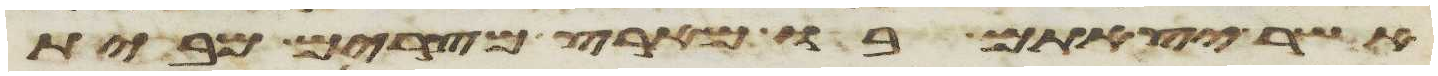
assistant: אשר יצאתם בו מארץ מצרים מבית